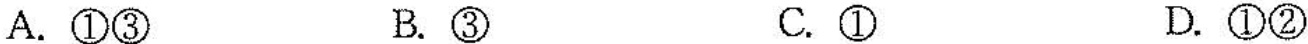
A.①③ B.③ C.① D.①②